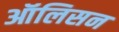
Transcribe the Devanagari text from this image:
ऑलिसन